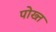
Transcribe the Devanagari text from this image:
पोख्त